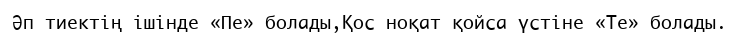
Әп тиектің ішінде «Пе» болады,Қос ноқат қойса үстіне «Те» болады.